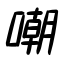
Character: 嘲